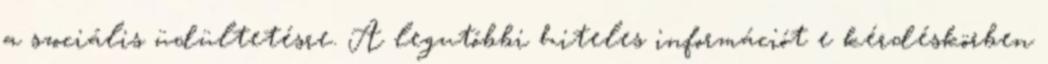
a szociális üdültetésre. A legutóbbi hiteles információt e kérdéskörben